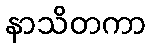
နာသိတကာ